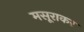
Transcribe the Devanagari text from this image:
मसूराकर